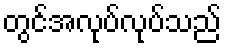
တွင်အလုပ်လုပ်သည်